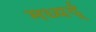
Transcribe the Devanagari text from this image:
मध्यर्द्